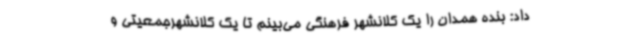
داد: بنده همدان را یک کلانشهر فرهنگی می‌بینم تا یک کلانشهرجمعیتی و